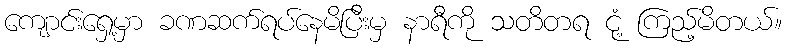
ကျောင်းရှေ့မှာ ခဏဆက်ရပ်နေမိပြီးမှ နာရီကို သတိတရ ငုံ့ ကြည့်မိတယ်။